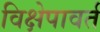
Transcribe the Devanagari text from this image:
विक्षेपावर्त